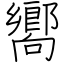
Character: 嚮